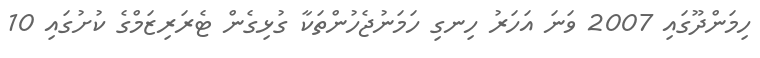
ހިމަންދޫގައި 2007 ވަނަ އަހަރު ހިނގި ހަމަނުޖެހުންތަކާ ގުޅިގެން ޓެރަރިޒަމްގެ ކުށުގައި 10